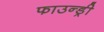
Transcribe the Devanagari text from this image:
फाउन्ड्री